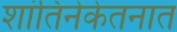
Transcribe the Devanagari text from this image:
शांतिनेकेतनात